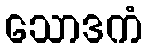
သောဒကံ